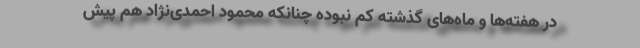
در هفته‌ها و ماه‌های گذشته کم نبوده چنانکه محمود احمدی‌نژاد هم پیش